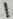
Text: 1